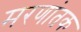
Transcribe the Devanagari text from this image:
मरणांतक